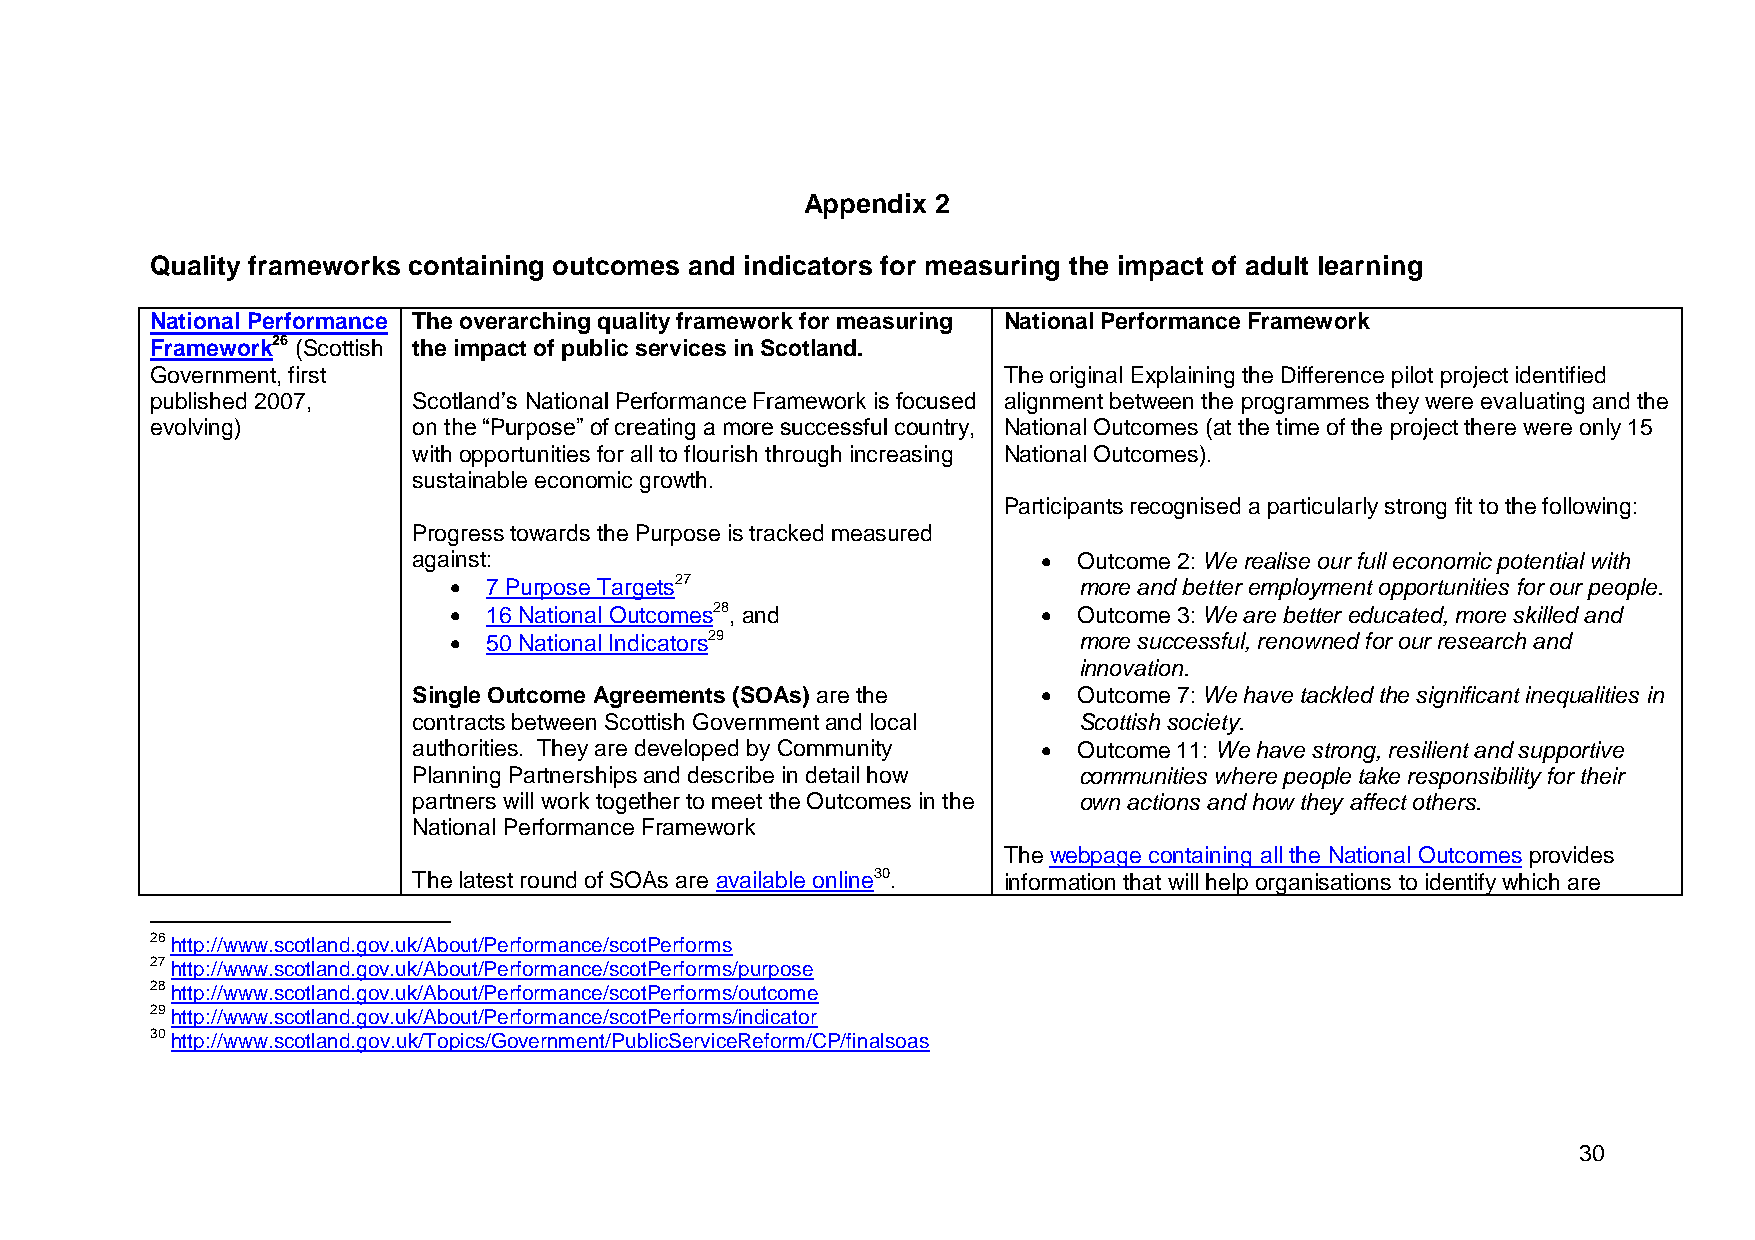
Appendix 2
 Quality frameworks containing outcomes and indicators for measuring the impact of adult learning
 National Performance The overarching quality framework for measuring National Performance Framework
 Framework26 (Scottish the impact of public services in Scotland.
 Government, first                                       The original Explaining the Difference pilot project identified
 published 2007,  Scotland’s National Performance Framework is focused alignment between the programmes they were evaluating and the
 evolving)        on the “Purpose” of creating a more successful country, National Outcomes (at the time of the project there were only 15
 with opportunities for all to flourish through increasing National Outcomes).
 sustainable economic growth.
 Participants recognised a particularly strong fit to the following:
 Progress towards the Purpose is tracked measured
 against:                                   Outcome 2: We realise our full economic potential with
  7 Purpose Targets27                    more and better employment opportunities for our people.
  16 National Outcomes28, and           Outcome 3: We are better educated, more skilled and
  50 National Indicators29               more successful, renowned for our research and
 innovation.
 Single Outcome Agreements (SOAs) are the   Outcome 7: We have tackled the significant inequalities in
 contracts between Scottish Government and local Scottish society.
 authorities. They are developed by Community  Outcome 11: We have strong, resilient and supportive
 Planning Partnerships and describe in detail how communities where people take responsibility for their
 partners will work together to meet the Outcomes in the own actions and how they affect others.
 National Performance Framework
 The webpage containing all the National Outcomes provides
 The latest round of SOAs are available online30. information that will help organisations to identify which are
 26 http://www.scotland.gov.uk/About/Performance/scotPerforms
 27 http://www.scotland.gov.uk/About/Performance/scotPerforms/purpose
 28 http://www.scotland.gov.uk/About/Performance/scotPerforms/outcome
 29 http://www.scotland.gov.uk/About/Performance/scotPerforms/indicator
 30 http://www.scotland.gov.uk/Topics/Government/PublicServiceReform/CP/finalsoas
 30